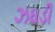
ઝઘડી